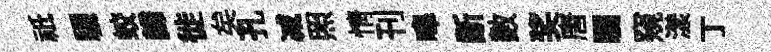
祇驪蛟歸徙矣孔减照情刊嗥齗數奖唐瞩窺漾丁